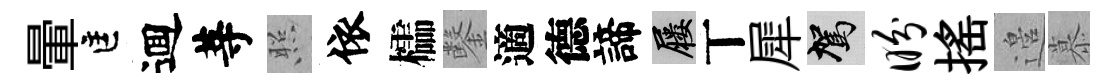
暈匡逥䓁照依櫺鑿適德諦屨丅犀駕盼揺邉慕